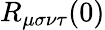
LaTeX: R_{\mu\sigma\nu\tau}(0)